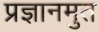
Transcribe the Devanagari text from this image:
प्रज्ञानमुत